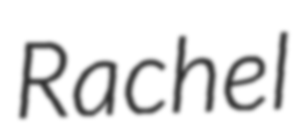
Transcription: Rachel